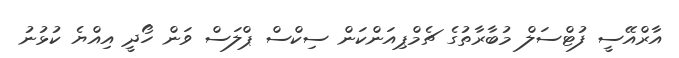
އާރްއޭސީ ފުޓްސަލް މުބާރާތުގެ ޗެމްޕިއަންކަން ސިކްސް ޕްލަސް ވަން ހޯދީ އިއްޔެ ކުޅުނު